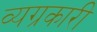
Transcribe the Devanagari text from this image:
व्यग्रकारी